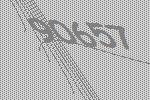
90657